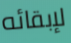
لإبقائه